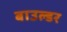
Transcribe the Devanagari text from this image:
बाउल्डर